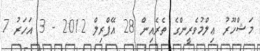
މަޝްހޫރު ޢިލްމުވެރީންގެ ތެރެއިން 28 އޭޕްރިލް 2012 - 3 އަހަރު 7